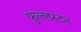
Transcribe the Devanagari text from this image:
फुल्लरटन